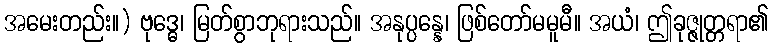
အမေးတည်း။) ဗုဒ္ဓေ၊ မြတ်စွာဘုရားသည်။ အနုပ္ပန္နေ၊ ဖြစ်တော်မမူမီ။ အယံ၊ ဤခုဇ္ဇုတ္တရာ၏